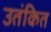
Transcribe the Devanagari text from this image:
उतंकित